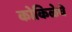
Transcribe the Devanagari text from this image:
कोकिळेचे